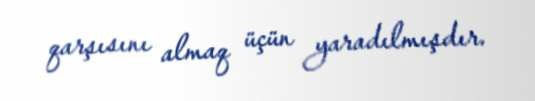
qarşısını almaq üçün yaradılmışdır.